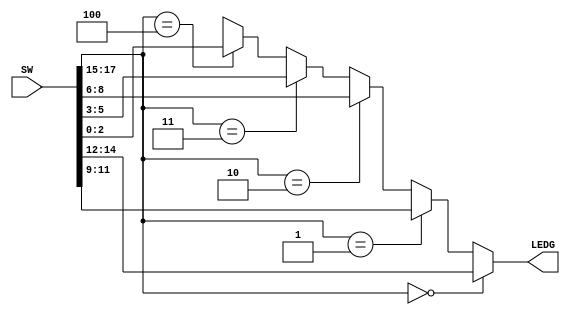
// CPEN 230L lab 7 part 1, 3-bit wide 5-to-1 MUX
// Gabe DiMartino, 10/23/23

module mux3w_5to1 (
  input  [17:0] SW,     // 18 switch inputs
  output [2:0]  LEDG);  // 3 green LED outputs

assign LEDG = (SW[17:15] == 3'b000) ? SW[14:12] :
              (SW[17:15] == 3'b001) ? SW[11:9] :
              (SW[17:15] == 3'b010) ? SW[8:6] :
              (SW[17:15] == 3'b011) ? SW[5:3] :
              (SW[17:15] == 3'b100) ? SW[2:0] :
                                      3'bxxx; // don't care
endmodule